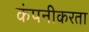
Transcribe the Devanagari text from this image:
कंपनीकरता